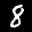
Label: 8